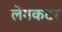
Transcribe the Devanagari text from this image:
लेगकटर